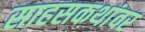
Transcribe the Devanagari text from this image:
साहसकथांवर